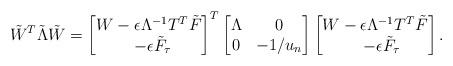
LaTeX: \begin{align*}\tilde W^T \tilde \Lambda \tilde W= \begin{bmatrix}W - \epsilon \Lambda^{-1} T^T \tilde F\\ \,\ - \epsilon \tilde F_{\tau}\end{bmatrix}^T\begin{bmatrix} \Lambda & 0 \\0 & -1/u_n \end{bmatrix}\begin{bmatrix}W - \epsilon \Lambda^{-1} T^T \tilde F \\ \,\ \ - \epsilon \tilde F_{\tau}\end{bmatrix}.\end{align*}